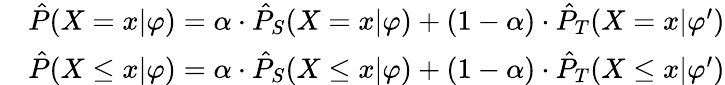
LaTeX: \begin{array}{rl}&{\hat{P}(X=x|\varphi)=\alpha\cdot\hat{P}_{S}(X=x|\varphi)+(1-\alpha)\cdot\hat{P}_{T}(X=x|\varphi^{\prime})}\\ &{\hat{P}(X\leq x|\varphi)=\alpha\cdot\hat{P}_{S}(X\leq x|\varphi)+(1-\alpha)\cdot\hat{P}_{T}(X\leq x|\varphi^{\prime})}\end{array}